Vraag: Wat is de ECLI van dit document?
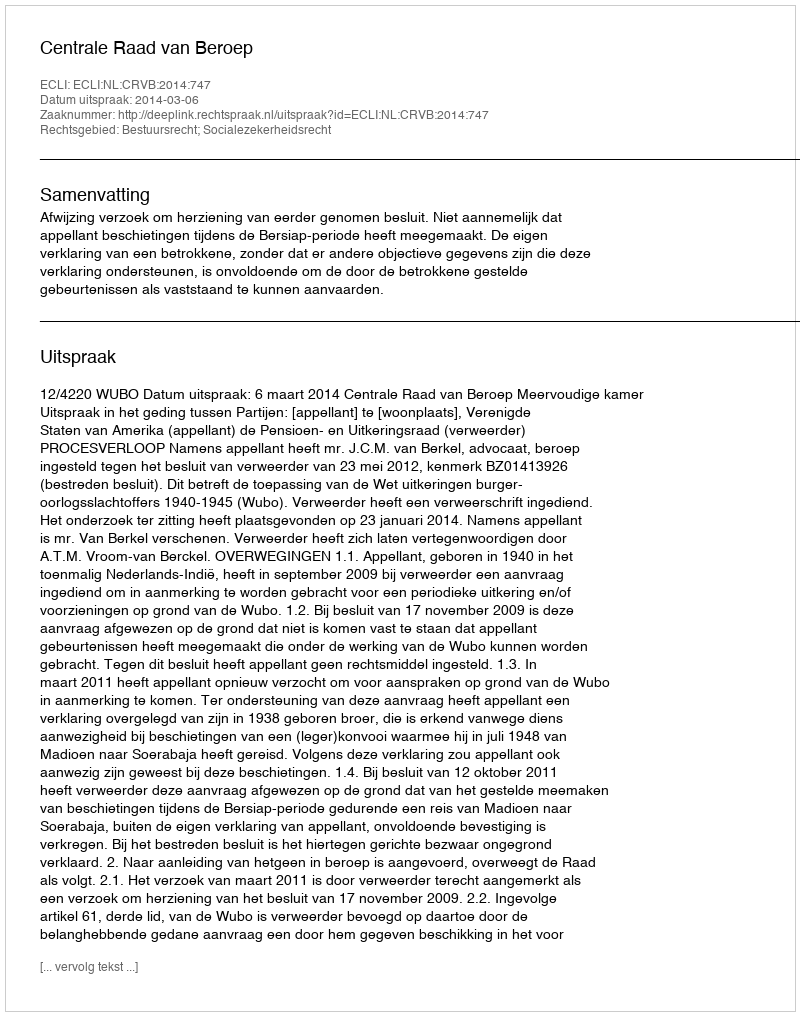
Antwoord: ECLI:NL:CRVB:2014:747